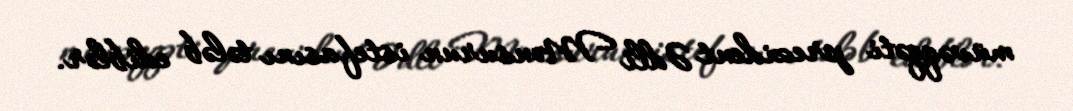
müvəqqəti prezident Ədli Mənsurun istefasını tələb ediblər.